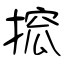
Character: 搲